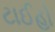
ટાઈહો